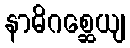
နာဓိဂစ္ဆေယျ